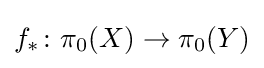
f_{*}\colon \pi _{0}(X)\to \pi _{0}(Y)